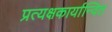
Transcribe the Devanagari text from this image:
प्रत्यक्षकार्यान्वित